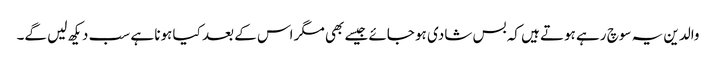
والدین یہ سوچ رہے ہوتے ہیں کہ بس شادی ہو جائے جیسے بھی مگر اس کے بعد کیا ہونا ہے سب دیکھ لیں گے۔